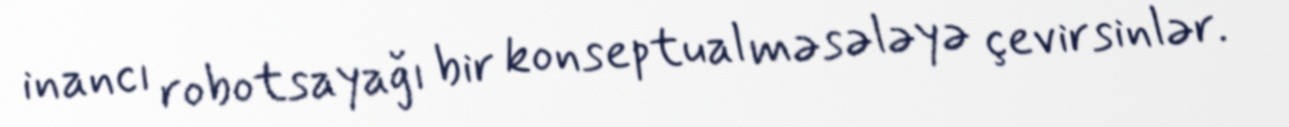
inancı robotsayağı bir konseptual məsələyə çevirsinlər.